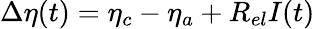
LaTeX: \Delta{\eta}(t)={\eta}_{c}-{\eta}_{a}+{R}_{el}I(t)